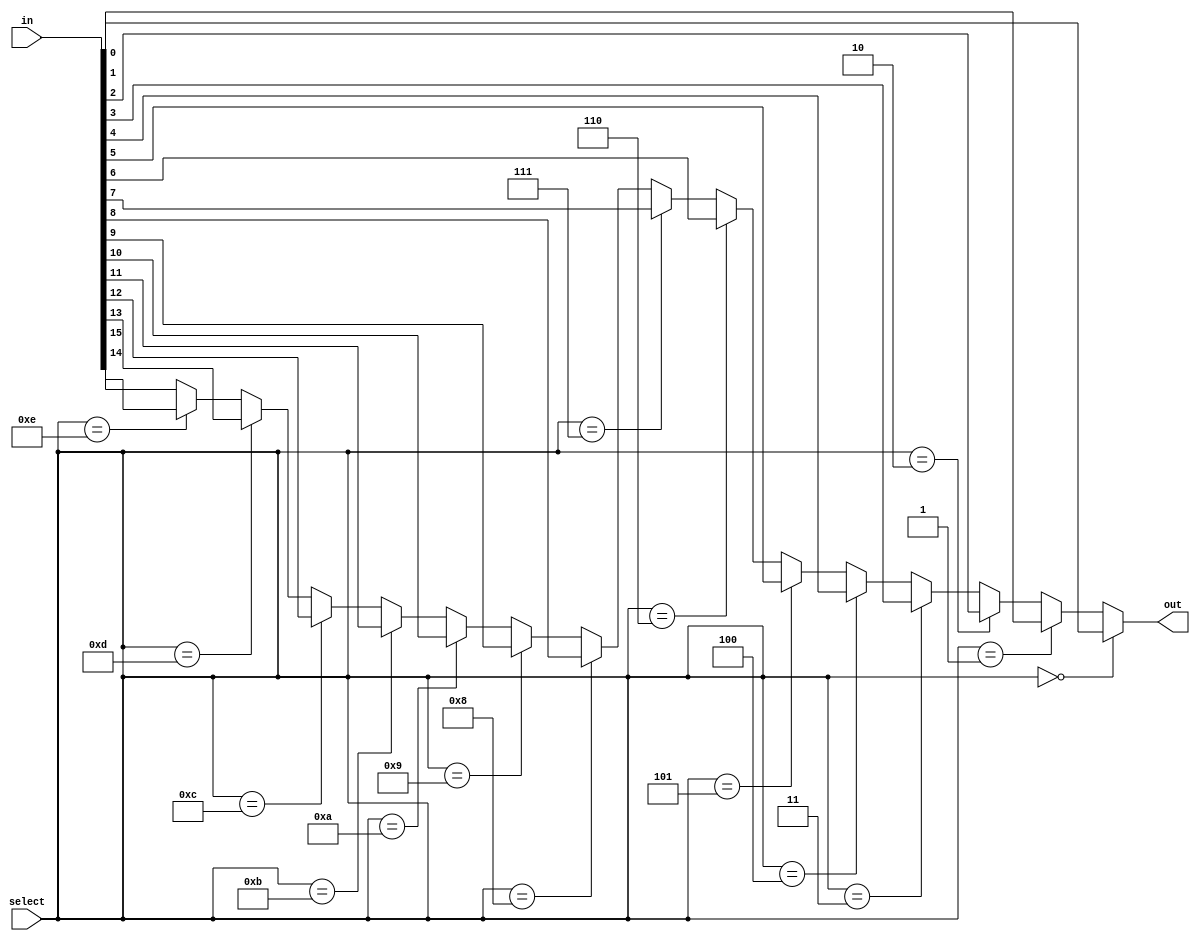
module mux16to1(
		input [16 * WIDTH - 1:0] in,
		input [3:0] select,
		output [WIDTH - 1:0] out
		);

	parameter WIDTH = 1;

	assign out =
			select == 4'b0000 ? in[WIDTH - 1:0] :
			select == 4'b0001 ? in[2 * WIDTH - 1: WIDTH] :
			select == 4'b0010 ? in[3 * WIDTH - 1: 2 * WIDTH] :
			select == 4'b0011 ? in[4 * WIDTH - 1: 3 * WIDTH] :
			select == 4'b0100 ? in[5 * WIDTH - 1: 4 * WIDTH] :
			select == 4'b0101 ? in[6 * WIDTH - 1: 5 * WIDTH] :
			select == 4'b0110 ? in[7 * WIDTH - 1: 6 * WIDTH] :
			select == 4'b0111 ? in[8 * WIDTH - 1: 7 * WIDTH] :
			select == 4'b1000 ? in[9 * WIDTH - 1: 8 * WIDTH] :
			select == 4'b1001 ? in[10 * WIDTH - 1: 9 * WIDTH] :
			select == 4'b1010 ? in[11 * WIDTH - 1: 10 * WIDTH] :
			select == 4'b1011 ? in[12 * WIDTH - 1: 11 * WIDTH] :
			select == 4'b1100 ? in[13 * WIDTH - 1: 12 * WIDTH] :
			select == 4'b1101 ? in[14 * WIDTH - 1: 13 * WIDTH] :
			select == 4'b1110 ? in[15 * WIDTH - 1: 14 * WIDTH] :
			in[16 * WIDTH - 1: 15 * WIDTH];
endmodule